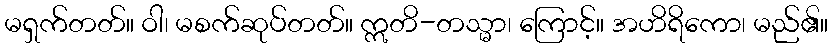
မရှက်တတ်။ ဝါ၊ မစက်ဆုပ်တတ်။ ဣတိ-တသ္မာ၊ ကြောင့်။ အဟိရိကော၊ မည်၏။